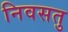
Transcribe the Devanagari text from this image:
निवसतु